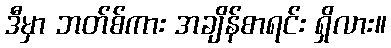
ဒီမှာ ဘတ်စ်ကား အချိန်စာရင်း ရှိလား။